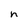
Character: h